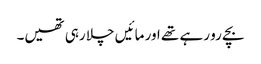
بچے رو رہے تھے اور مائیں چلا رہی تھیں۔